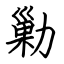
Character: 勦